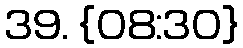
39. {08:30}